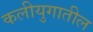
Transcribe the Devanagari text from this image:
कलीयुगातील